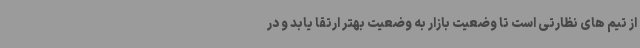
از تیم های نظارتی است تا وضعیت بازار به وضعیت بهتر ارتقا یابد و در